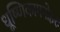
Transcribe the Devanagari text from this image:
धूष्णिकामनोहरः